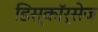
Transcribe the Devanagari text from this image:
डिस्कॉर्सेज